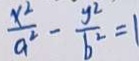
\frac { x ^ { 2 } } { a ^ { 2 } } - \frac { y ^ { 2 } } { b ^ { 2 } } = 1